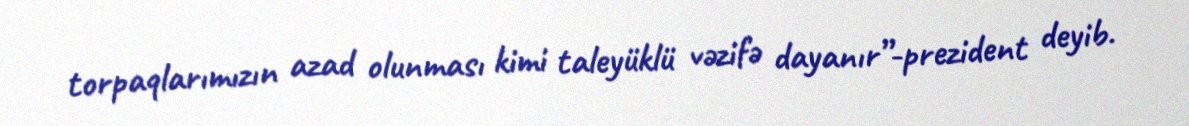
torpaqlarımızın azad olunması kimi taleyüklü vəzifə dayanır”-prezident deyib.